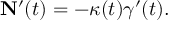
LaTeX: \mathbf { N } ^ { \prime } ( t ) = - \kappa ( t ) { \boldsymbol { \gamma } } ^ { \prime } ( t ) .